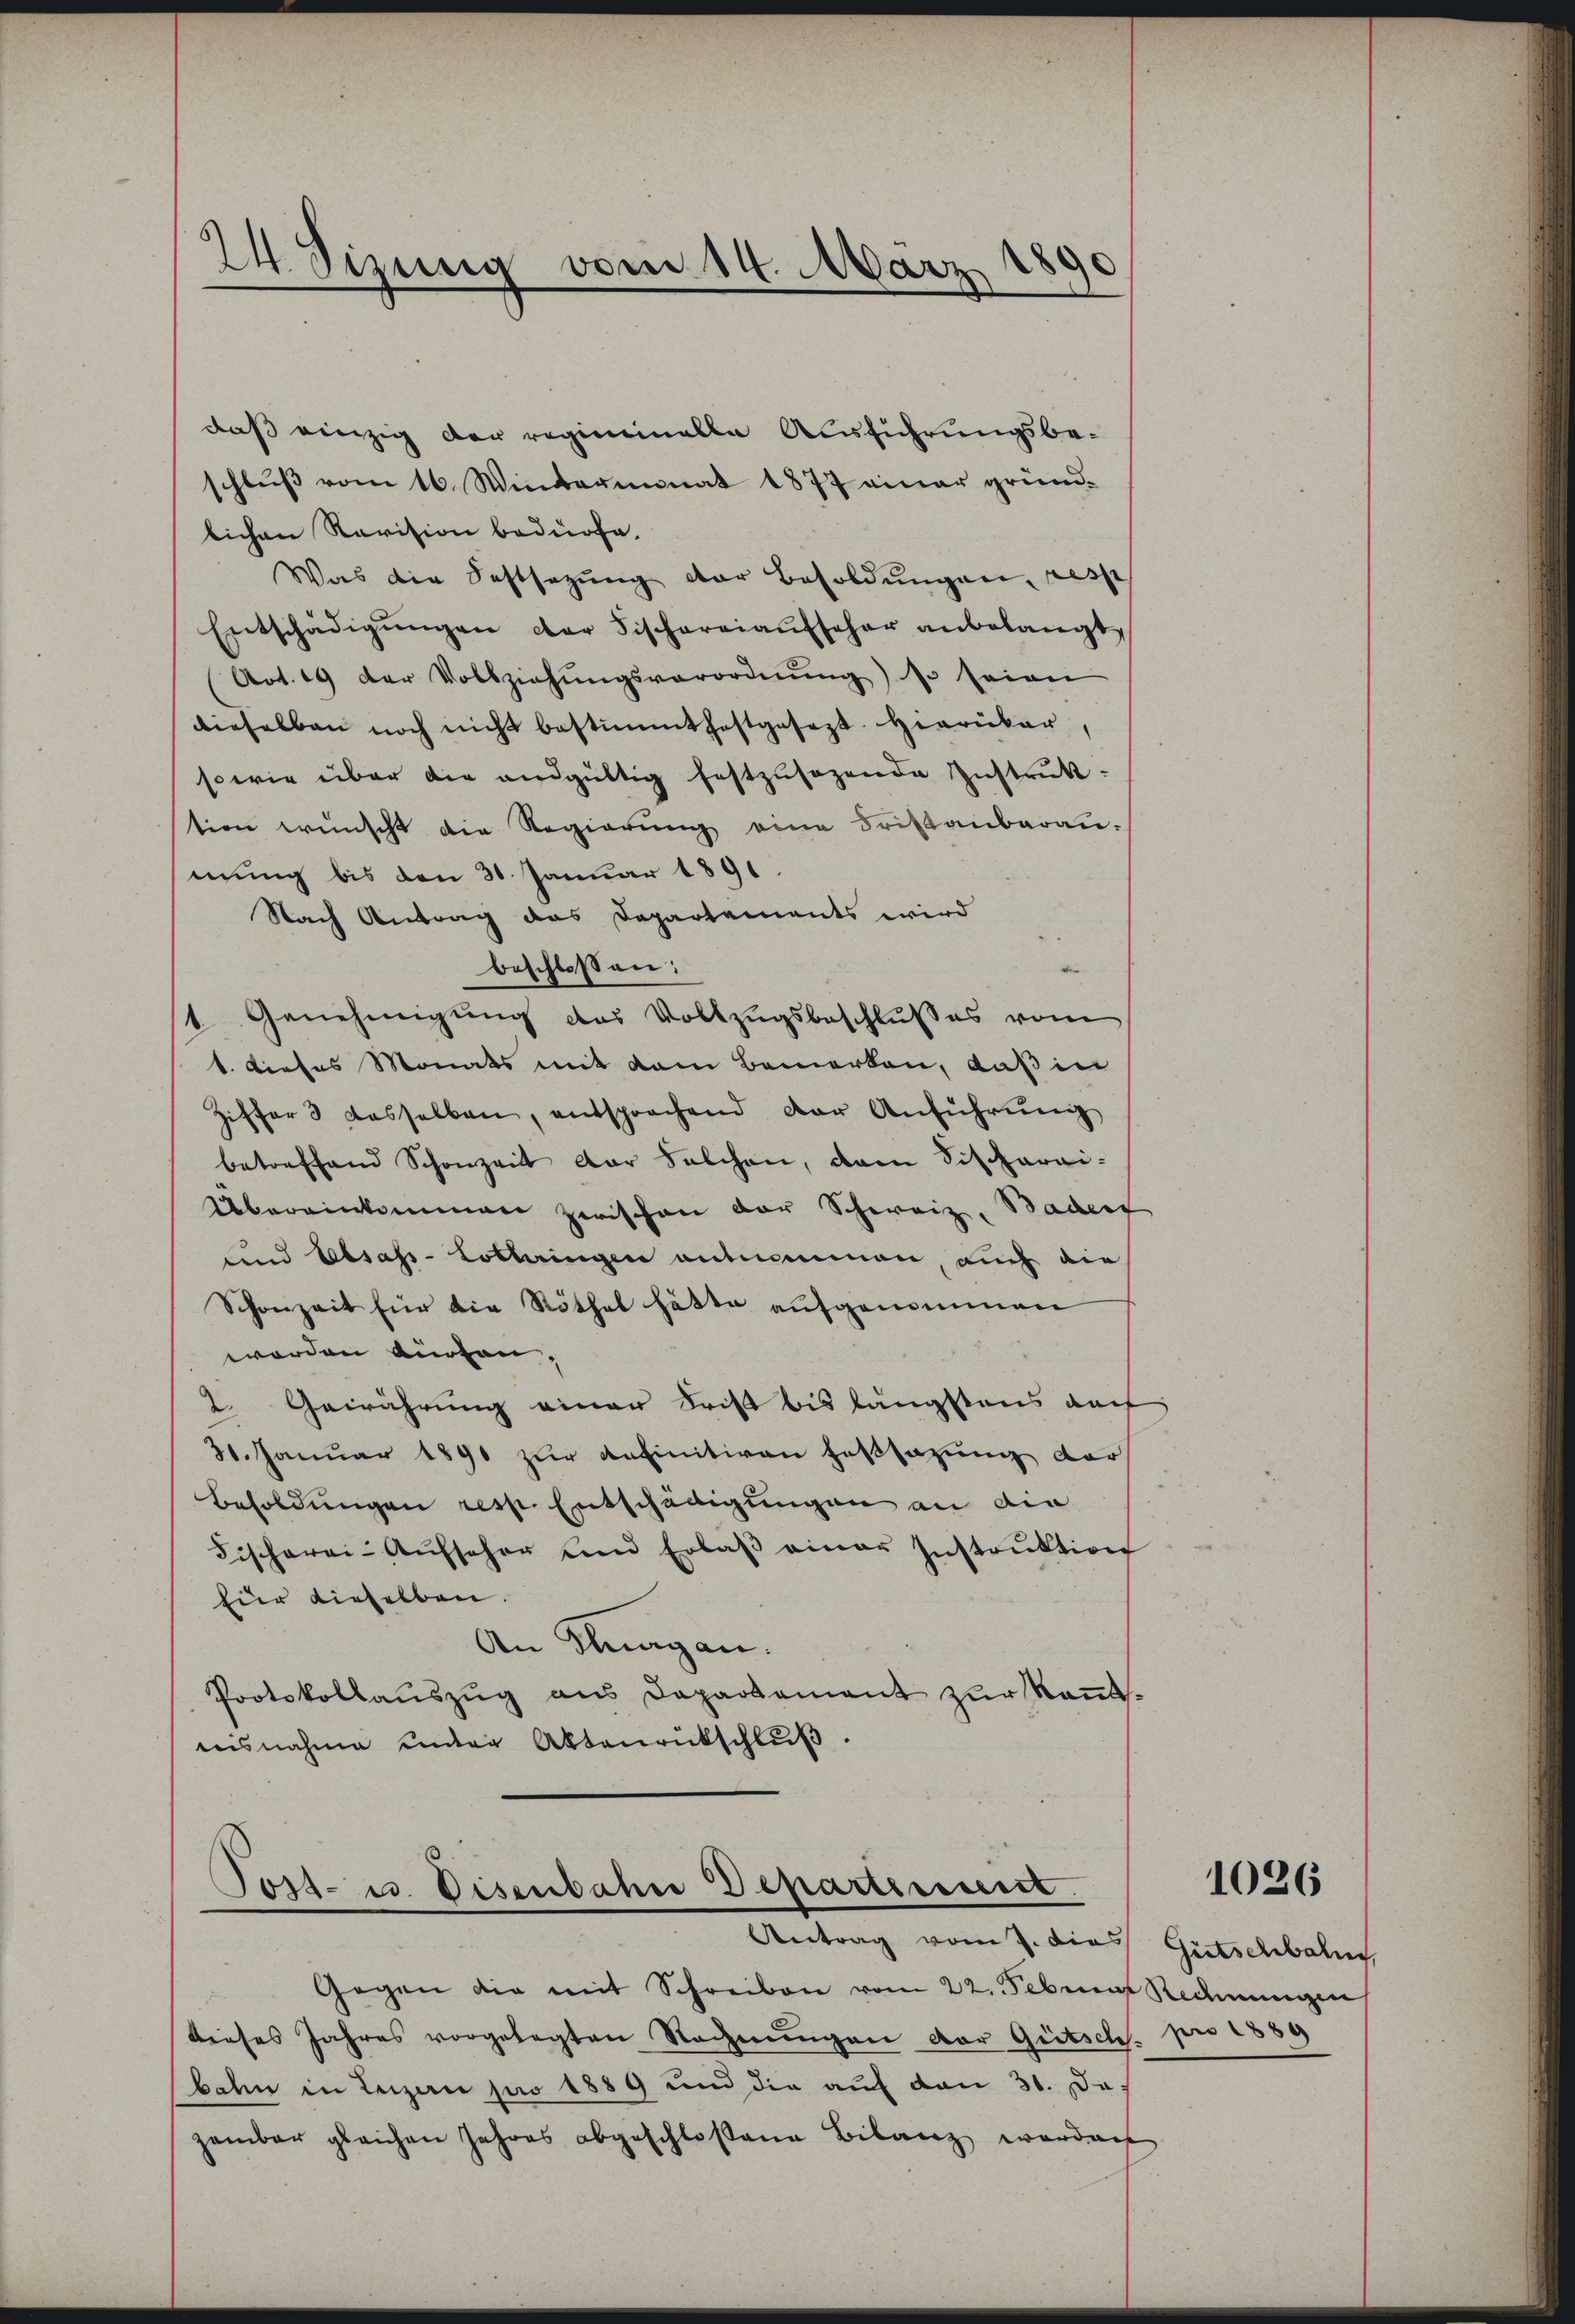
daß einzig der regiminalle Ausführungsbeschlŭβ vom 16. Wintermonat 1877 einer gründ-
lichen Revision bedürfe.
Was die Festsetzŭng der Besoldŭngen, resse
Entschädigŭngen der Fischereiaŭfseher anbelangt,
Art. 19 der Vollziehŭngsverordnŭng so seien
dieselben noch nicht bestimmthaftgesezt. Hierüber,
sowie über die andgültig festzusagende Zustruktion wünscht die Regierŭng eine Fristanbaran.
mung bis den 31. Januar 1891.
Nach Antrag das Departements wird
beschlossen:
1. Genehmigung des Vollzugsbeschlußes vom
1. dieses Monats mit dem Bemerken, daß in
Ziffer 3 dasselben, entsprechend der Anführŭng
betreffend Schonzeit der Selchen, dem Fischarai-
Übereinkommen zwischen der Schweiz, Badert
und Elsass-Lotteringen entnommen, auch die
Schonzeit für die Röthel hätte aufgenommen
worden dürfen,
2. Gewährung einer Frist bis längstens auf
31. Januar 1890 zur definitiven Fassazung der
Besoldungen resp. Entschädigungen an die
Fischerei-Aŭfseher und Erlaβ einer Instrŭktion
für dieselben.
An Klagan.
Protokollauszug aus Departement zur Kenntwisnahme unter Aktenrückschlŭβ

24. Sizung vom 14. März 1890

Tost- u. Disenbahn Departiment.
Antrag vom 7. dies Gutschbah

Gegen die mit Schreiben vom 22. Februar Redmungen
dieses Jahres vorgelegten Rechnŭngen der Gütsch. pro 1889
bahn in Leizen pro 1889 und die aŭf den 31. Da
zambar gleichen Jahres abgeschloßene Bilanz werden

1026